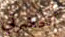
أحضرتي